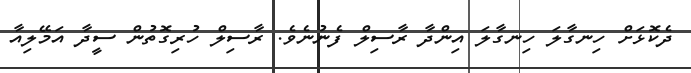
ދެކޮޅަށް ހިނގާލަ ހިނގާލަ އިންދާ ރާސިލް ފެނުނެވެ. ރާސިލް ހުރިގޮތުން ސީދާ އަމޭލިއާ